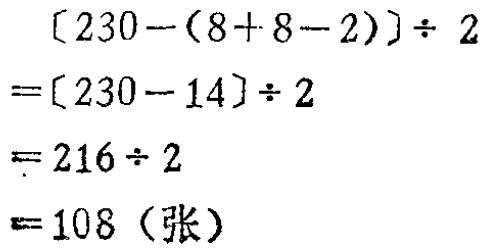
\[
\begin{align*}
&[230 - (8 + 8 - 2)]\div 2\\
=&[230 - 14]\div 2\\
=&216\div 2\\
=&108 \text{（张）}
\end{align*}
\]